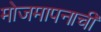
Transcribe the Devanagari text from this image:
मोजमापनाची